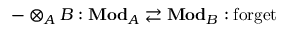
- \otimes _ { A } B : \mathbf { M o d } _ { A } \rightleftarrows \mathbf { M o d } _ { B } : \operatorname { f o r g e t }